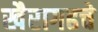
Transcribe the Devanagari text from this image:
खैरागढचे